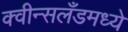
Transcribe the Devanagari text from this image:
क्वीन्सलँडमध्ये